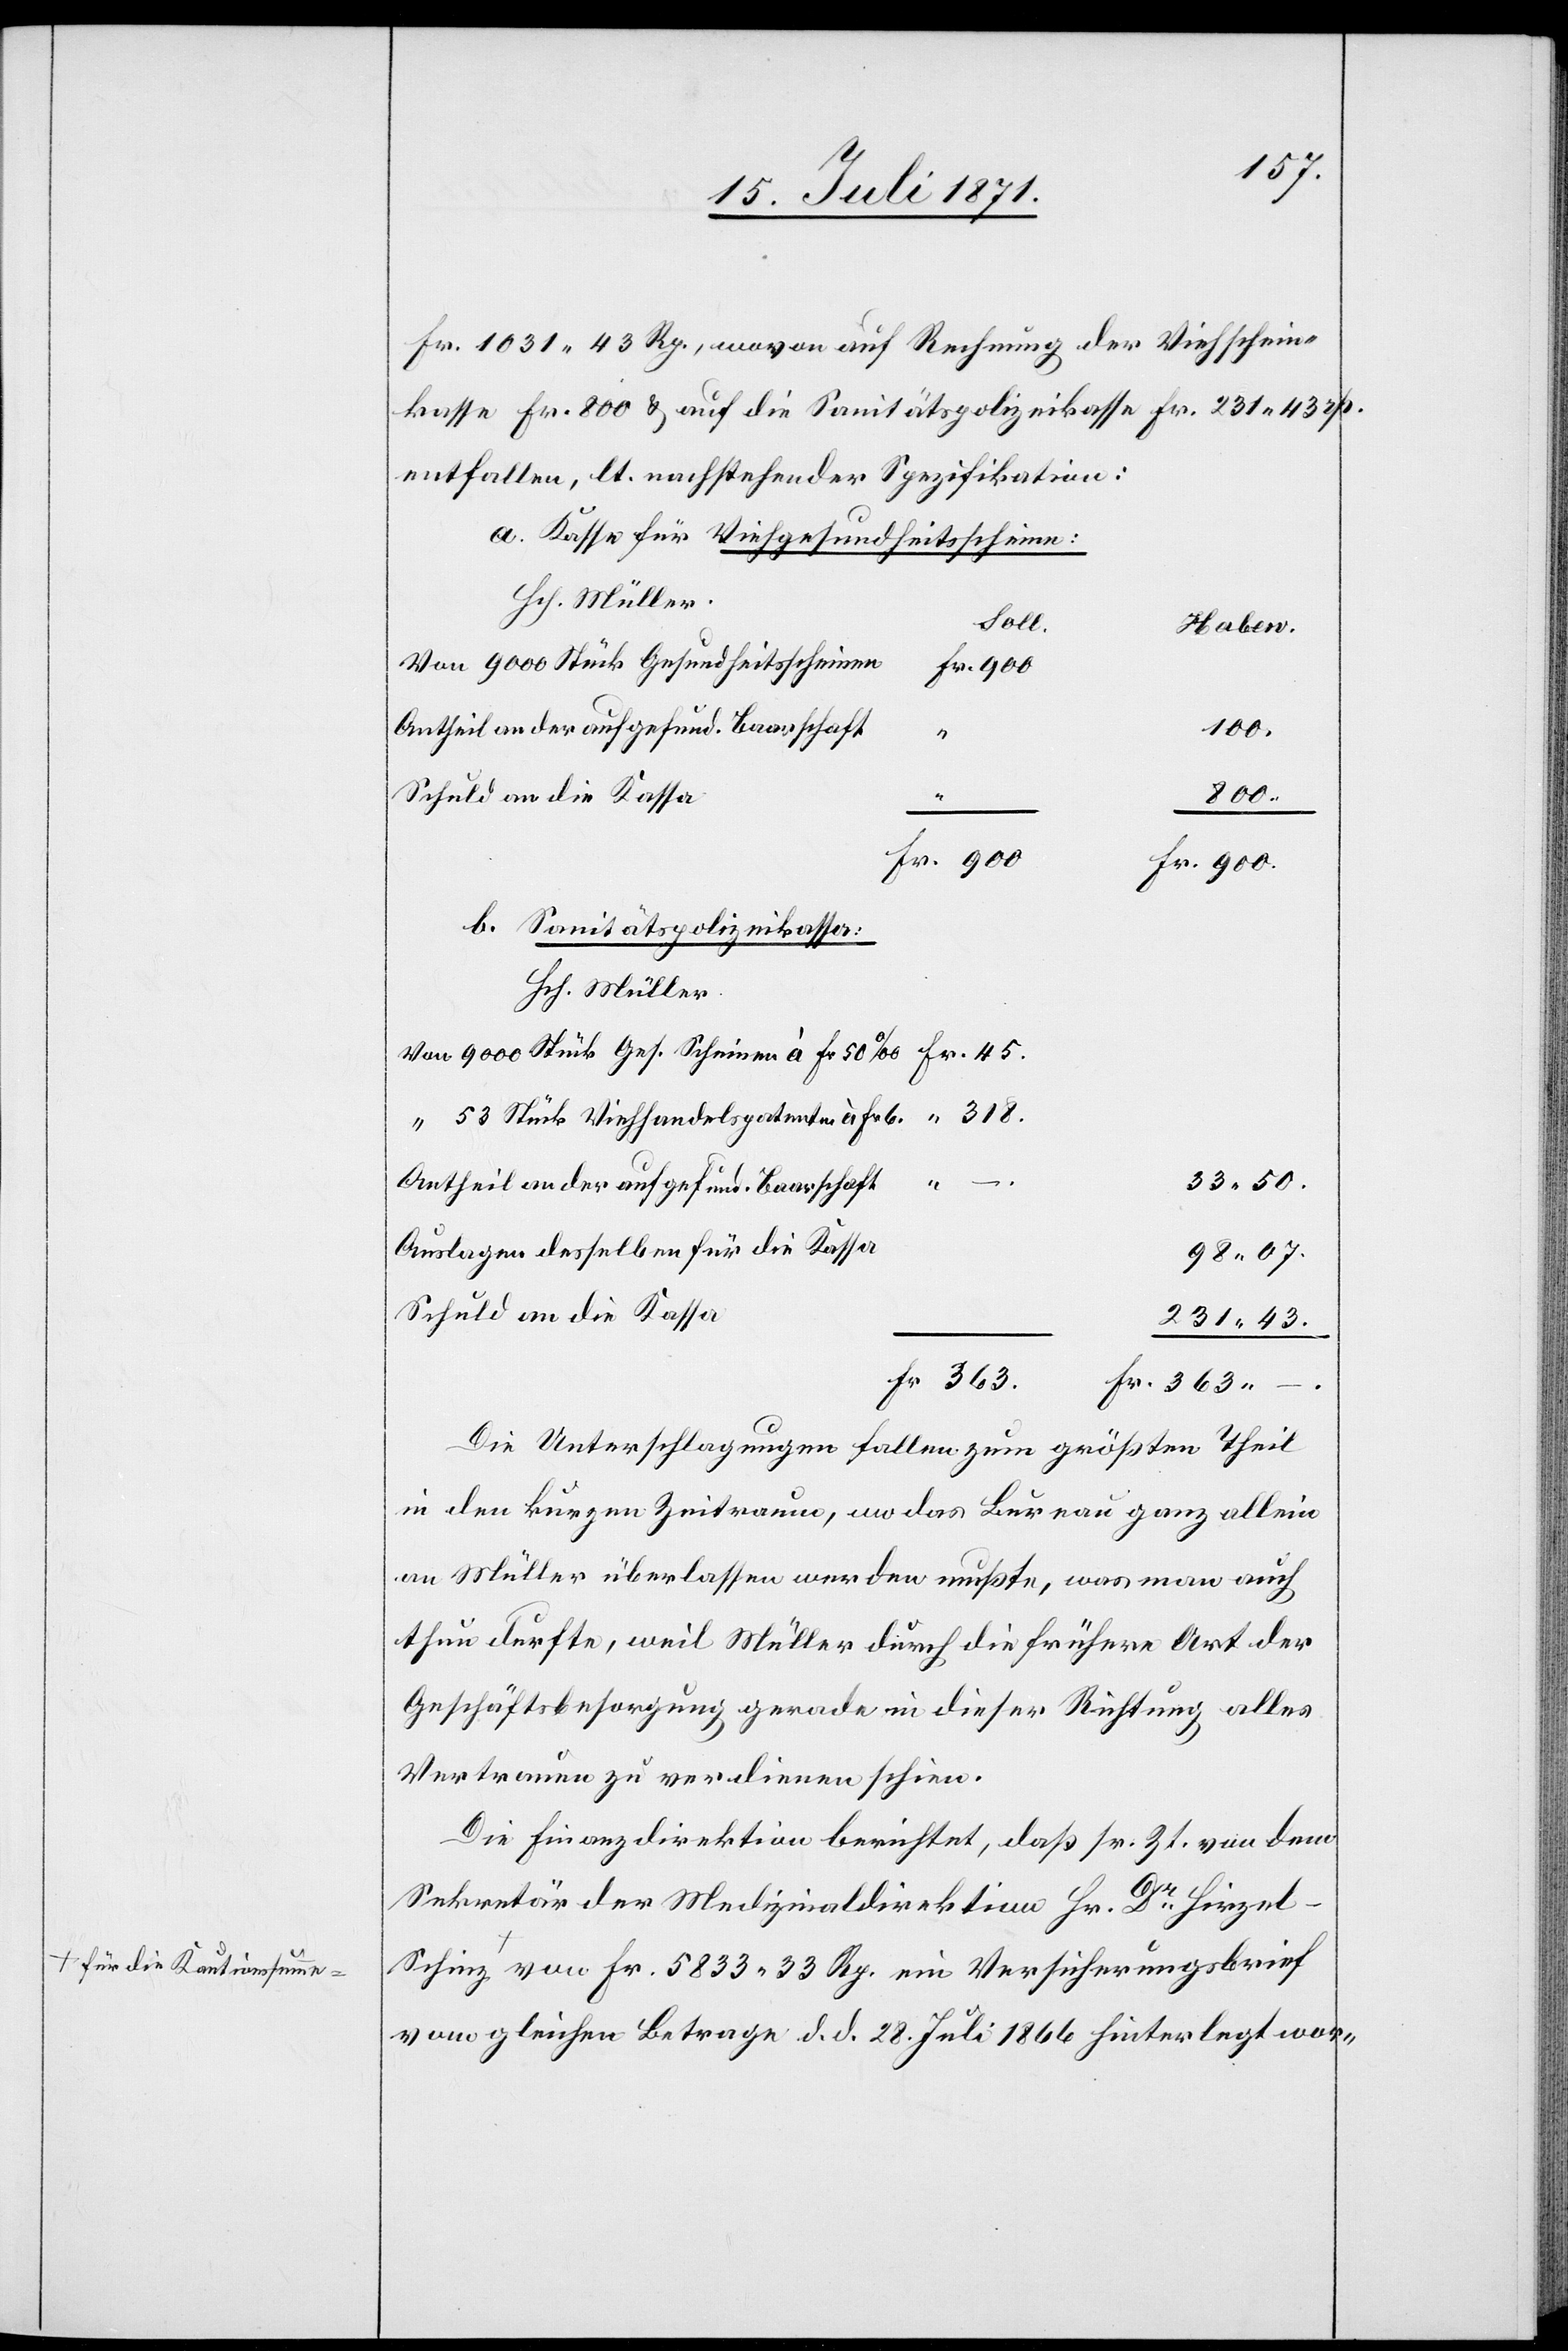
a-für die Kautionssumm¬

Fr. 1031.43 Rp., wovon auf Rechnung der Viehschein¬
kasse Fr. 800 u. auf die Sanitätspolizeikasse Fr. 231.43 rp.
entfallen, lt. nachstehender Spezifikation:
a. Kasse für Viehgesundheitsscheine:
Hch. Müller
Soll.
Haben.
Von 9000 Stück Gesundheitsscheinen
Fr. 45.
Antheil an der aufgefund. Baarschaft
100.
318.
Fr. 900
Fr. 900
b. Sanitätspolizeikassa:
Hch. Müller
Von 9000 Stück Ges. Scheinen à Fr. 50‰
“ 53 Stück Viehhandelspatenten à Fr. 6
“ –
33.50.
Auslagen desselben für die Kassa
98.07.
Schuld an die Kassa
231.43.
Fr. 363.
chinz
Fr. 363.–.
Die Unterschlagungen fallen zum größten Theil
in den kurzen Zeitraum, wo das Bureau ganz allein
an Müller überlassen werden mußte, was man auch
thun durfte, weil Müller durch die frühere Art der
Geschäftsbesorgung gerade in dieser Richtung alles
Vertrauen zu verdienen schien.
Die Finanzdirektion berichtet, daß sr. Zt. von dem
Sekretär der Medizinaldirektion Hr. Dr. Hirzel-S¬
e-a von Fr. 5833.33 Rp. ein Versicherungsbrief
vom gleichen Betrage d. d. 28. Juli 1866 hinterlegt wor-